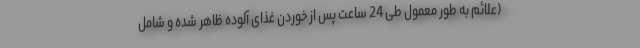
(علائم به طور معمول طی 24 ساعت پس از خوردن غذای آلوده ظاهر شده و شامل